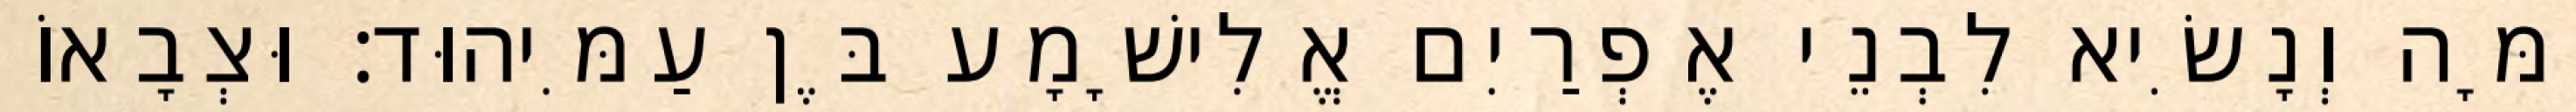
יָמָּה וְנָשִׂיא לִבְנֵי אֶפְרַיִם אֱלִישָׁמָע בֶּן עַמִּיהוּד׃ וּצְבָאוֹ